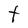
Character: t